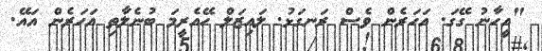
"އީހާނު ގޭގަ. އަހަރެން ވެސް ރަނގަޅު. ލައިޒަލް ހޭއެރީމަ ބުނެލާތި އަހަރެން އައޭ.